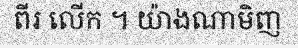
ពីរ លើក ។ យ៉ាងណាមិញ